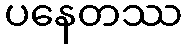
ပနေတဿ